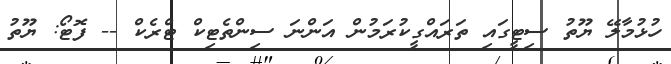
ހުޅުމާލޭ ޔޫތު ސިޓީގައި ތަރައްގީކުރަމުން އަންނަ ސިންތެޓިކް ޓްރެކް -- ފޮޓޯ: ޔޫތު